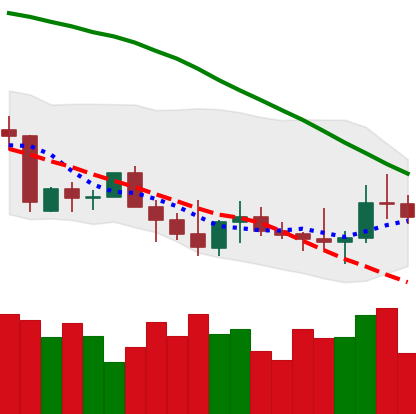
Ticker: TRX-USD
Chart end date: 2022-10-01
Forward return: 3.818%
Label: up_3_5